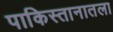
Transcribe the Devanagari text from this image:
पाकिस्तानातला